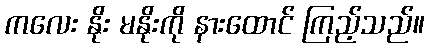
ကလေး နိုး မနိုးကို နားထောင် ကြည့်သည်။